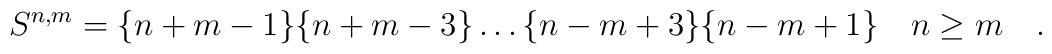
S^{n,m}=\{n+m-1\}\{n+m-3\}\dots \{n-m+3\}\{n-m+1\}\quad n\geq m\quad .